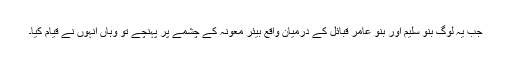
جب یہ لوگ بنو سلیم اور بنو عامر قبائل کے درمیان واقع بیئر معونہ کے چشمے پر پہنچے تو وہاں انہوں نے قیام کیا۔